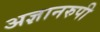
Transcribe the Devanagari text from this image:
अज्ञानरुपी